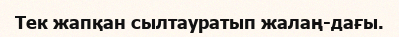
Тек жапқан сылтауратып жалаң-дағы.